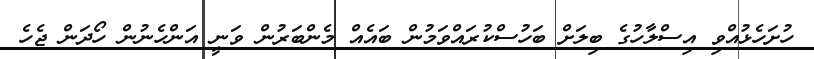
ހުށަހެޅުއްވި އިސްލާހުގެ ބިލަށް ބަހުސްކުރައްވަމުން ބައެއް މެންބަރުން ވަނީ އަންހެނުން ހޯދަން ޖެހެ